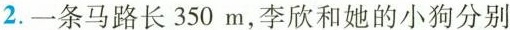
2.一条马路长350m，李欣和她的小狗分别